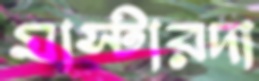
মাস্টারদা